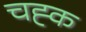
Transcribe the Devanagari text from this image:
चह्क